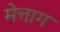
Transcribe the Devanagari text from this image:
मेत्ताग